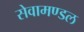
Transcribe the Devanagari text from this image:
सेवामण्डल